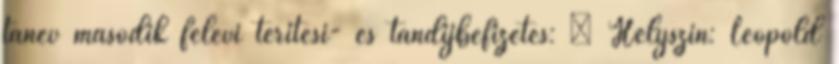
tanév második félévi térítési- és tandíjbefizetés: – Helyszín: Leopold